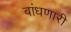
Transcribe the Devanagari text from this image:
बांधणारी